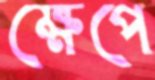
ক্ষেপে